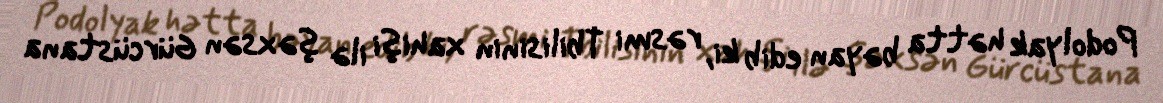
Podolyak hətta bəyan edib ki, rəsmi Tbilisinin xahişi ilə şəxsən Gürcüstana